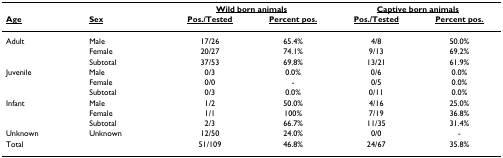
<table><thead><tr><td></td><td></td><td colspan="2"><b><underline>Wild born animals</underline></b></td><td colspan="2"><b><underline>Captive born animals</underline></b></td></tr><tr><td><b><underline>Age</underline></b></td><td><b><underline>Sex</underline></b></td><td><b><underline>Pos./Tested</underline></b></td><td><b><underline>Percent pos.</underline></b></td><td><b><underline>Pos./Tested</underline></b></td><td><b><underline>Percent pos.</underline></b></td></tr></thead><tbody><tr><td>Adult</td><td>Male</td><td>17/26</td><td>65.4%</td><td>4/8</td><td>50.0%</td></tr><tr><td></td><td>Female</td><td>20/27</td><td>74.1%</td><td>9/13</td><td>69.2%</td></tr><tr><td></td><td>Subtotal</td><td>37/53</td><td>69.8%</td><td>13/21</td><td>61.9%</td></tr><tr><td>Juvenile</td><td>Male</td><td>0/3</td><td>0.0%</td><td>0/6</td><td>0.0%</td></tr><tr><td></td><td>Female</td><td>0/0</td><td>-</td><td>0/5</td><td>0.0%</td></tr><tr><td></td><td>Subtotal</td><td>0/3</td><td>0.0%</td><td>0/11</td><td>0.0%</td></tr><tr><td>Infant</td><td>Male</td><td>1/2</td><td>50.0%</td><td>4/16</td><td>25.0%</td></tr><tr><td></td><td>Female</td><td>1/1</td><td>100%</td><td>7/19</td><td>36.8%</td></tr><tr><td></td><td>Subtotal</td><td>2/3</td><td>66.7%</td><td>11/35</td><td>31.4%</td></tr><tr><td>Unknown</td><td>Unknown</td><td>12/50</td><td>24.0%</td><td>0/0</td><td>-</td></tr><tr><td>Total</td><td></td><td>51/109</td><td>46.8%</td><td>24/67</td><td>35.8%</td></tr></tbody></table>